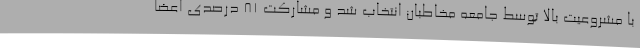
با مشروعیت بالا توسط جامعه مخاطبان انتخاب شد و مشارکت 81 درصدی اعضا